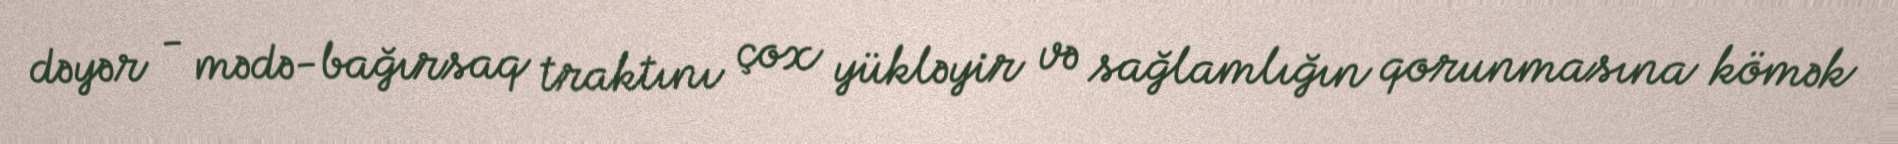
dəyər - mədə-bağırsaq traktını çox yükləyir və sağlamlığın qorunmasına kömək